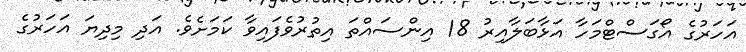
އަހަރުގެ އޯގަސްޓްމަހާ އަޅާބަލާއިރު 18 އިންސައްތަ އިތުރުވެފައިވާ ކަމަށެެވެ. އަދި މިދިޔަ އަހަރުގެ